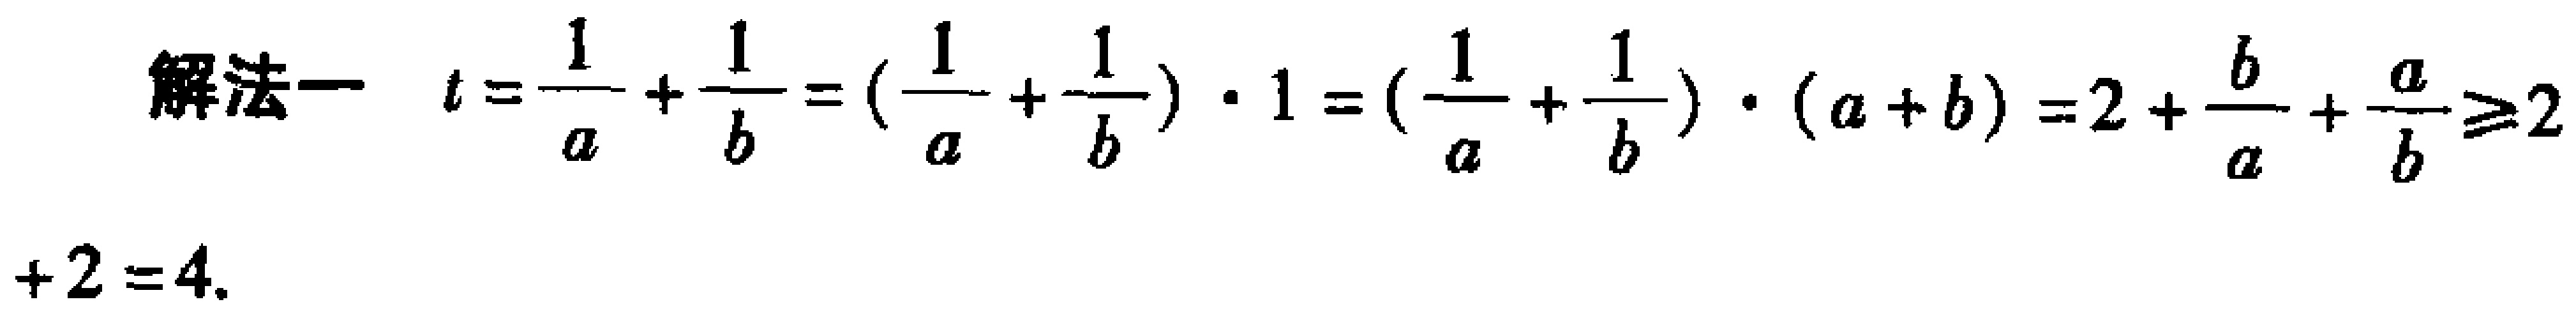
解法一 \(t=\frac{1}{a}+\frac{1}{b}=(\frac{1}{a}+\frac{1}{b})\cdot1 = (\frac{1}{a}+\frac{1}{b})\cdot(a + b)=2+\frac{b}{a}+\frac{a}{b}\geqslant2 + 2=4\)。